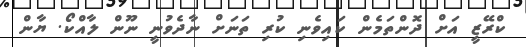
ކްރޭޒީ އަށް ދޮންތަމެން ކައިވެނި ކުރި ތަނަށް ނާދެވުނީ ނޫން ލާއްކޯ. ޔާން